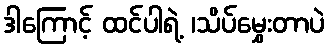
ဒါကြောင့် ထင်ပါရဲ့ ၊သိပ်မွှေးတာပဲ